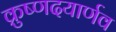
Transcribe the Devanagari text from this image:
क्रुष्णदयार्णव